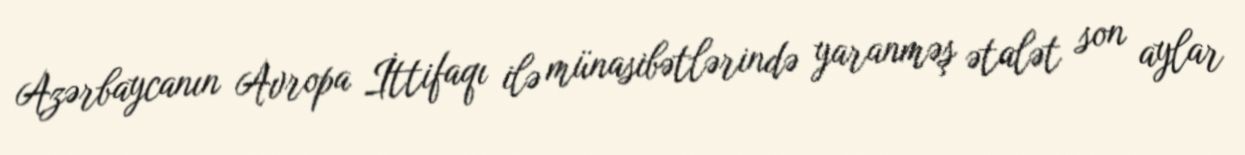
Azərbaycanın Avropa İttifaqı ilə münasibətlərində yaranməş ətalət son aylar